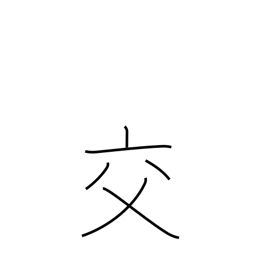
Meaning: mixing